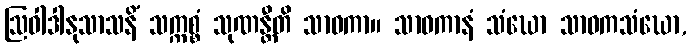
ဩဝါဒါနုသာသနိံ သက္ကစ္စံ သုဏန္တီတိ သာဝကာ။ သာဝကာနံ သံဃော သာဝကသံဃော,